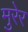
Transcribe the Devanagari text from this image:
मुरेर